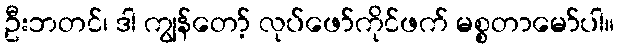
ဦးဘတင်၊ ဒါ ကျွန်တော့် လုပ်ဖော်ကိုင်ဖက် မစ္စတာမော်ပါ။